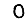
Digit: 0